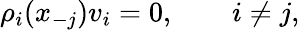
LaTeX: \rho_{i}(x_{-j})v_{i}=0,\qquad i\ne j,